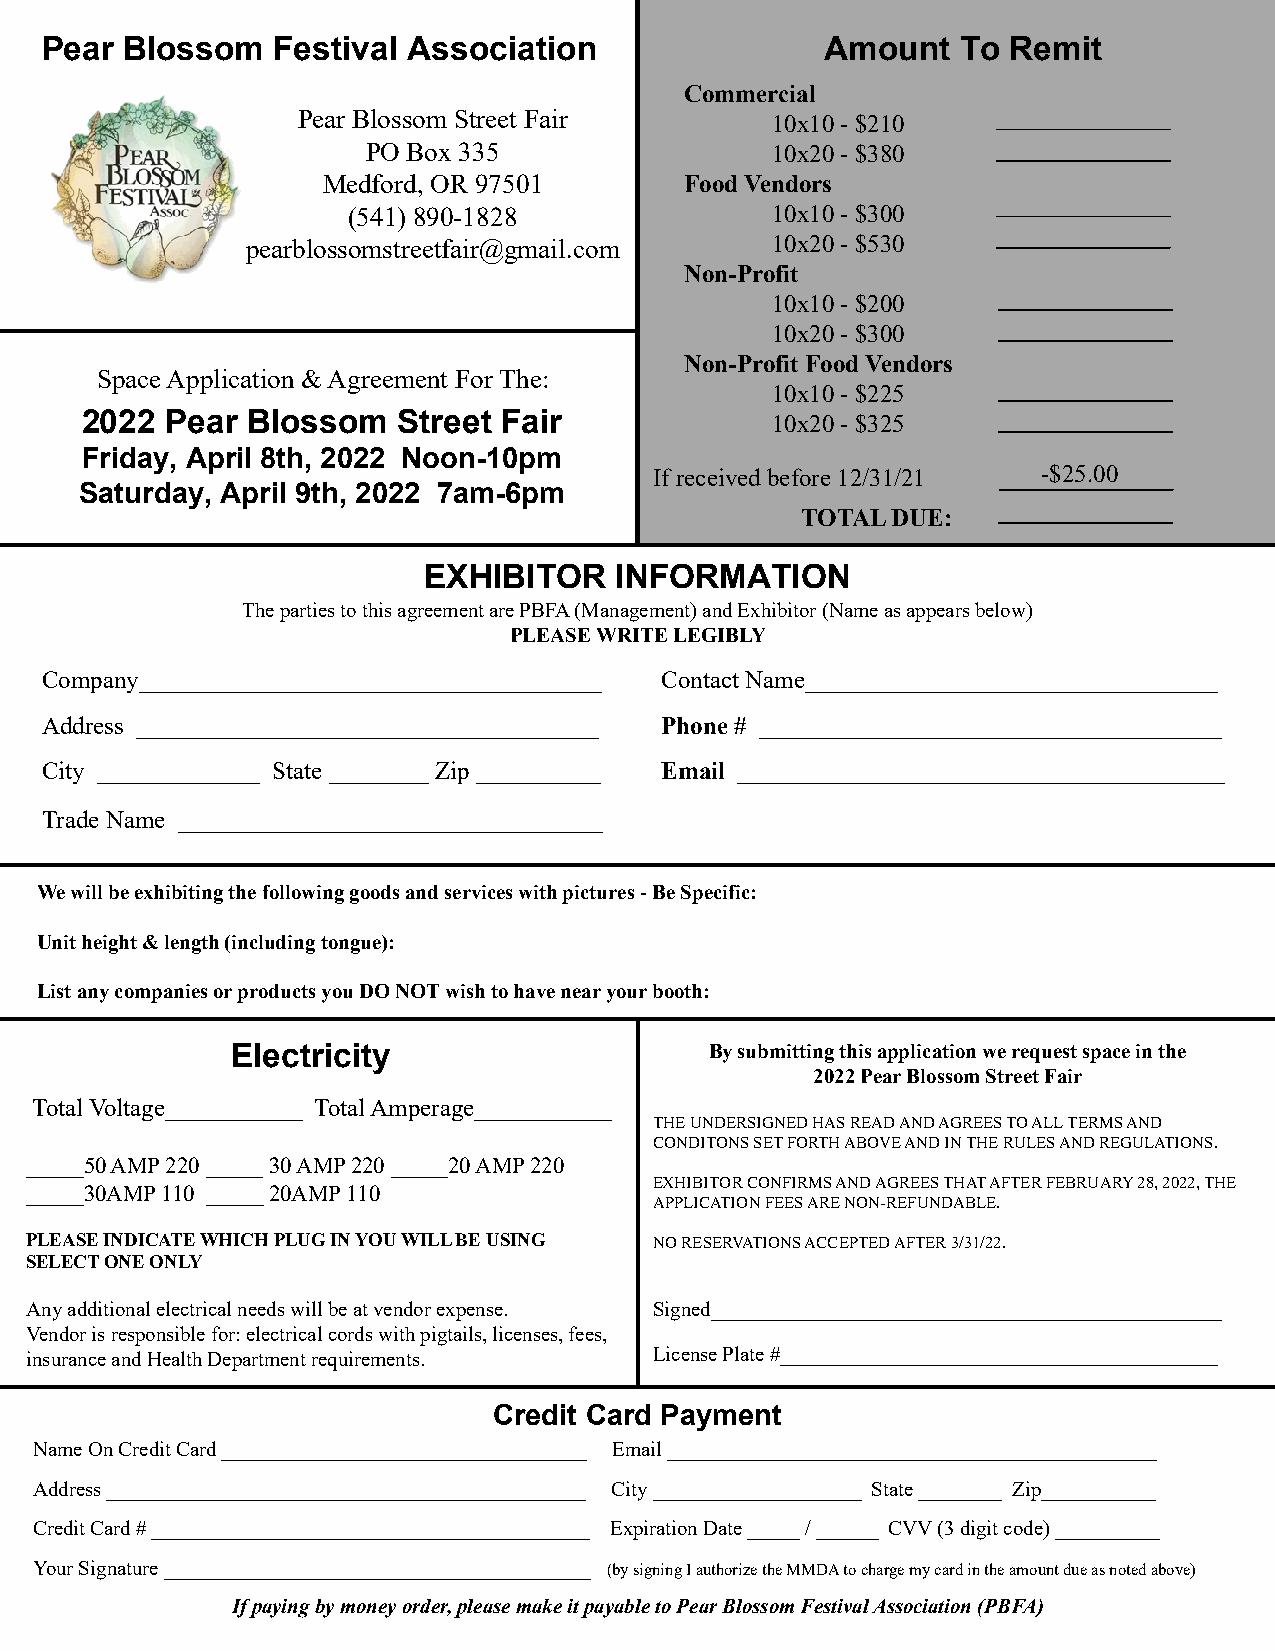
Pear Blossom   Festival Association                 Amount   To Remit
 Commercial
 Pear Blossom Street Fair       10x10 - $210
 PO Box 335                 10x20 - $380
 Medford, OR 97501       Food Vendors
 (541) 890-1828              10x10 - $300
 pearblossomstreetfair@gmail.com    10x20 - $530
 Non-Profit
 10x10 - $200
 10x20 - $300
 Non-Profit Food Vendors
 Space Application & Agreement For The:
 10x10 - $225
 2022  Pear Blossom   Street Fair              10x20 - $325
 Friday, April 8th, 2022 Noon-10pm
 If received before 12/31/21 -$25.00
 Saturday, April 9th, 2022 7am-6pm
 TOTAL DUE:
 EXHIBITOR    INFORMATION
 The parties to this agreement are PBFA (Management) and Exhibitor (Name as appears below)
 PLEASE WRITE LEGIBLY
 Company_____________________________________ Contact Name_________________________________
 Address _____________________________________ Phone # _____________________________________
 City _____________ State ________ Zip __________ Email _______________________________________
 Trade Name __________________________________
 We will be exhibiting the following goods and services with pictures - Be Specific:
 Unit height & length (including tongue):
 List any companies or products you DO NOT wish to have near your booth:
 Electricity                     By submitting this application we request space in the
 2022 Pear Blossom Street Fair
 Total Voltage___________ Total Amperage___________
 THE UNDERSIGNED HAS READ AND AGREES TO ALL TERMS AND
 CONDITONS SET FORTH ABOVE AND IN THE RULES AND REGULATIONS.
 _____50 AMP 220 _____ 30 AMP 220 _____20 AMP 220
 EXHIBITOR CONFIRMS AND AGREES THAT AFTER FEBRUARY 28, 2022, THE
 _____30AMP 110 _____ 20AMP 110
 APPLICATION FEES ARE NON-REFUNDABLE.
 PLEASE INDICATE WHICH PLUG IN YOU WILL BE USING NO RESERVATIONS ACCEPTED AFTER 3/31/22.
 SELECT ONE ONLY
 Any additional electrical needs will be at vendor expense. Signed_________________________________________________
 Vendor is responsible for: electrical cords with pigtails, licenses, fees,
 insurance and Health Department requirements. License Plate #__________________________________________
 Credit Card Payment
 Name On Credit Card ___________________________________ Email _______________________________________________
 Address ______________________________________________ City ____________________ State ________ Zip___________
 Credit Card # __________________________________________ Expiration Date _____ / ______ CVV (3 digit code) __________
 Your Signature _________________________________________ (by signing I authorize the MMDA to charge my card in the amount due as noted above)
 If paying by money order, please make it payable to Pear Blossom Festival Association (PBFA)